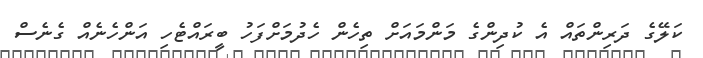
ކަލޭގެ ދަރިންތައް އެ ކުދިންގެ މަންމައަށް ތިހެން ހެދުމަށްފަހު ބީރައްޓެހި އަންހެނެއް ގެނެސް